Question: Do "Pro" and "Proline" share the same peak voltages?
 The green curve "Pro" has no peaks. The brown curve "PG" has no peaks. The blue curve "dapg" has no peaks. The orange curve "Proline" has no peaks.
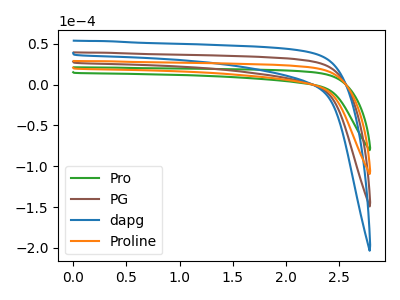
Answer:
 <answer>Niether CV has any peaks.</answer>
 <eval>blanks</eval>